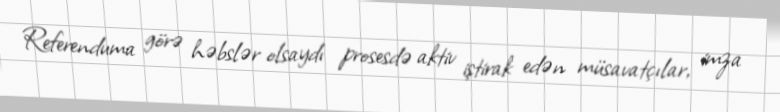
Referenduma görə həbslər olsaydı prosesdə aktiv iştirak edən müsavatçılar, imza